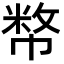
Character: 𢄞